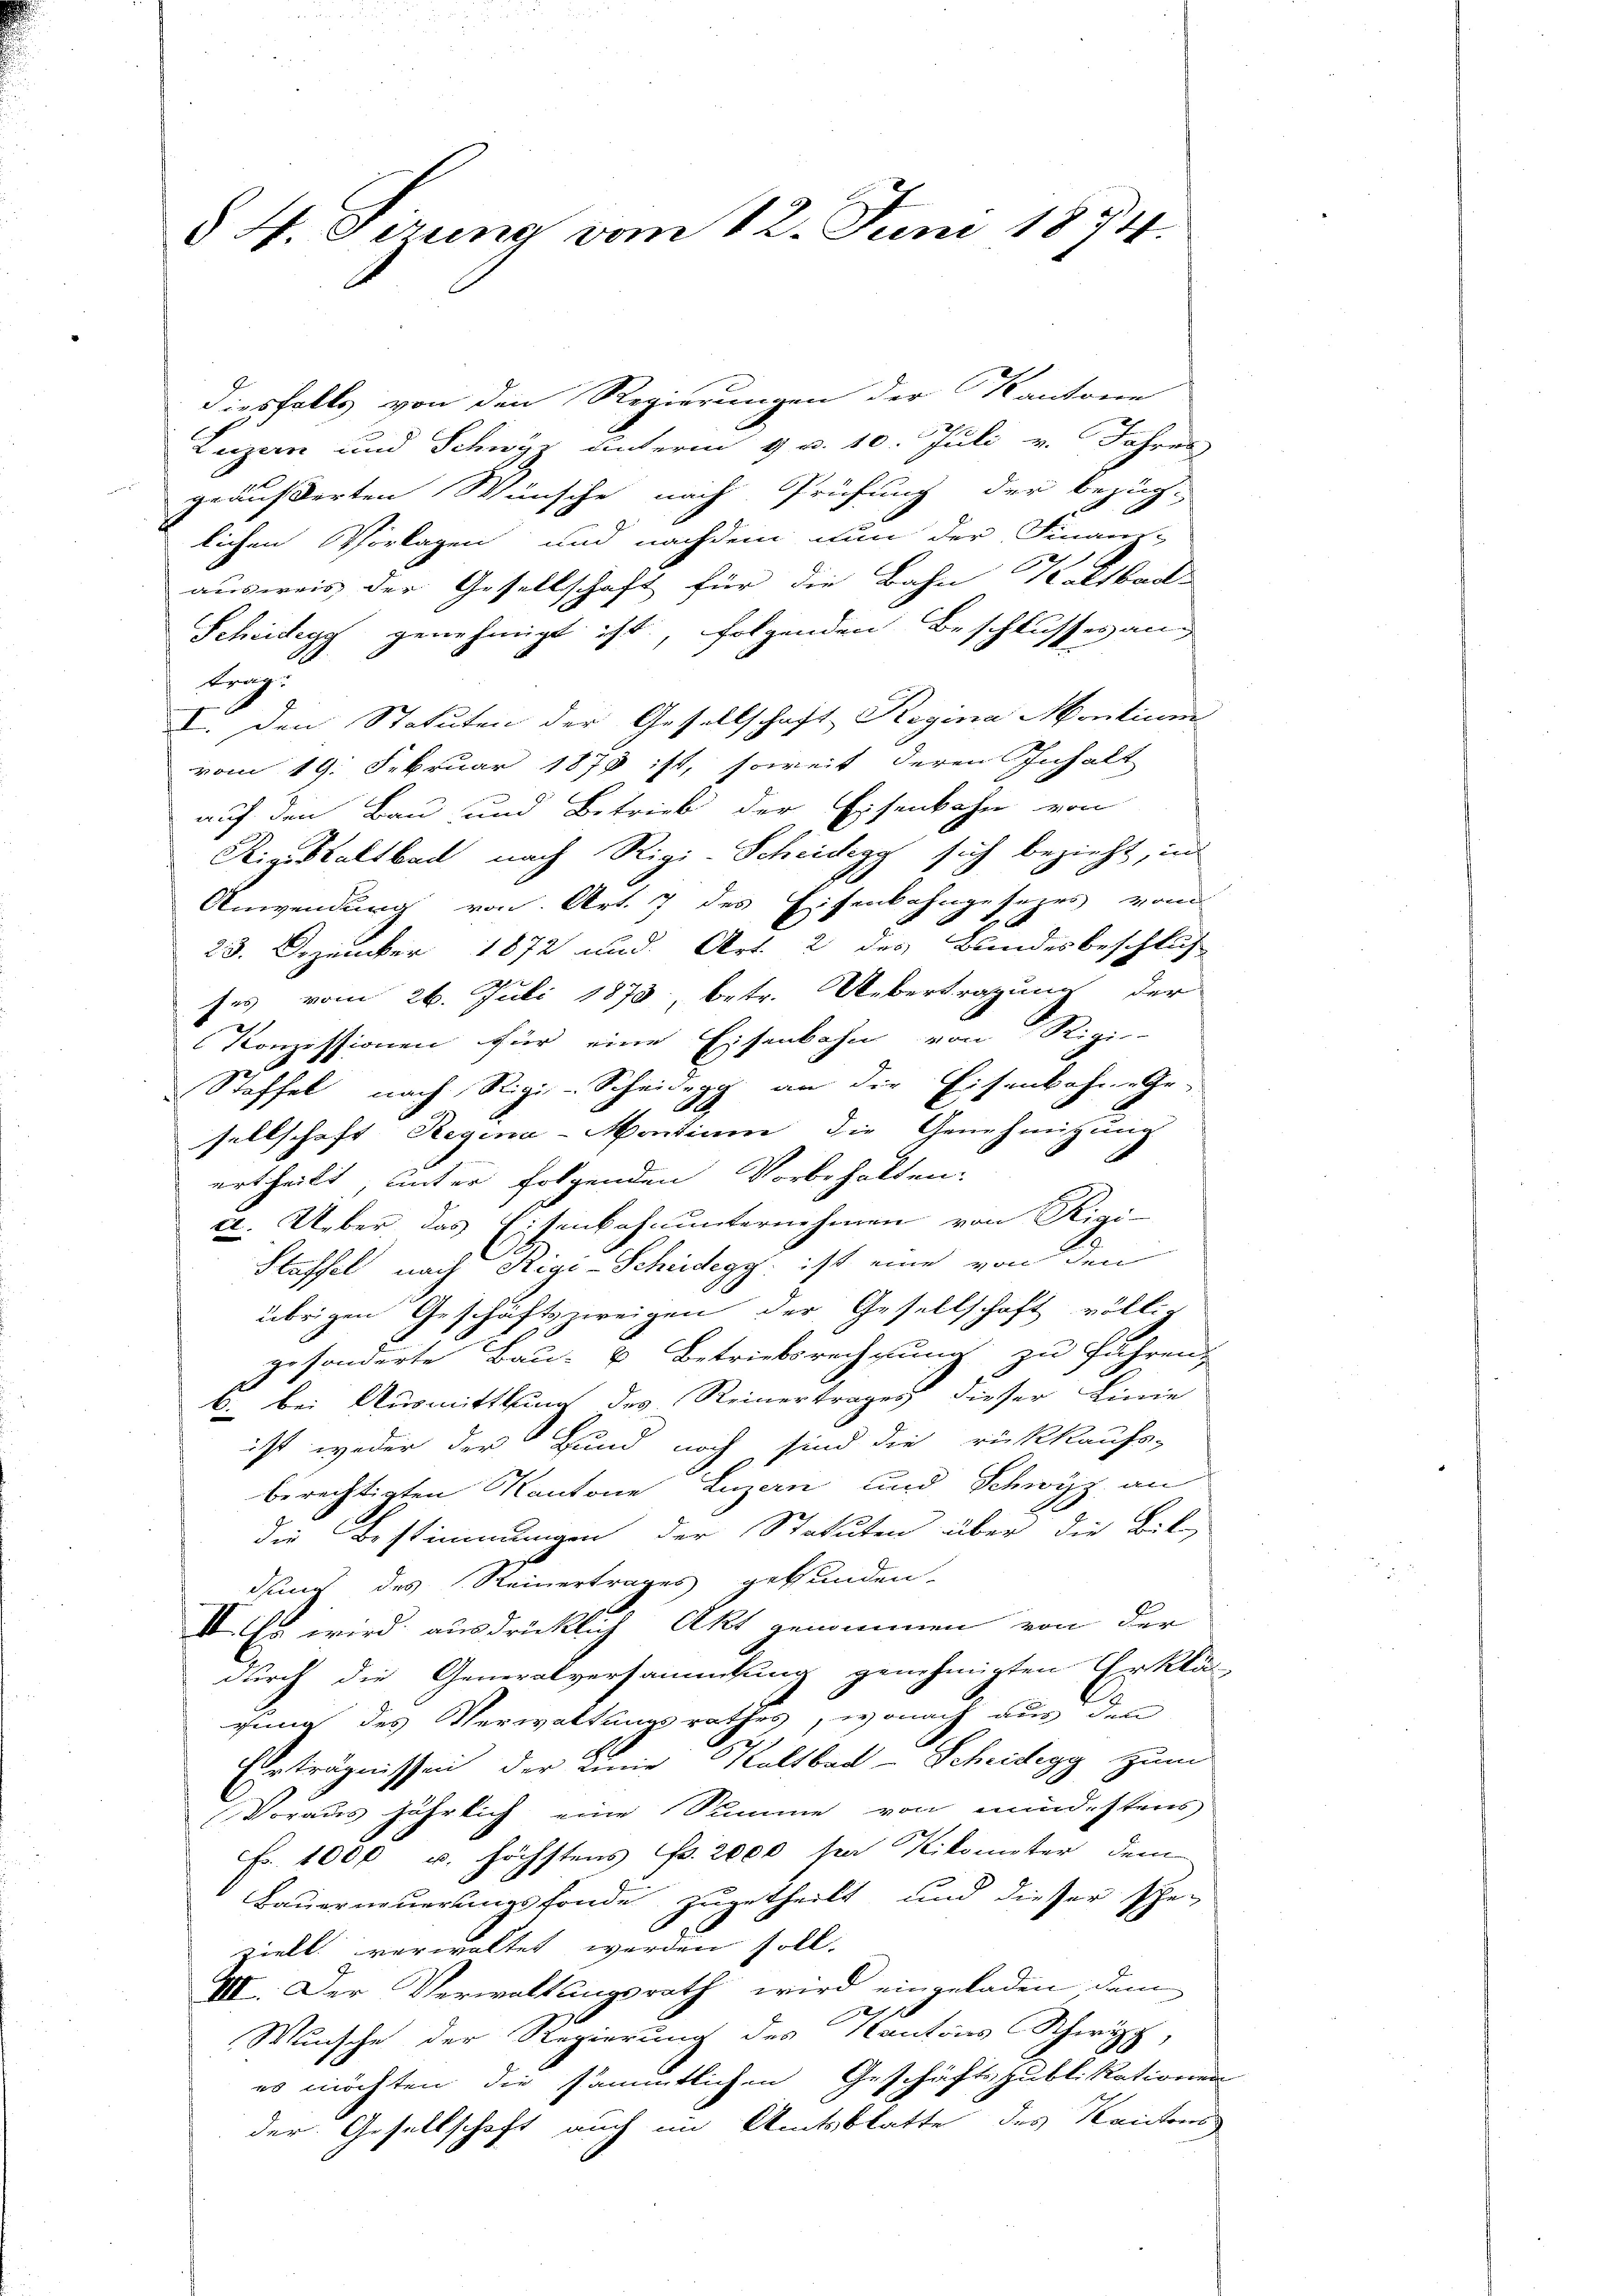
§ 4. Sizung vom 12. Juni 1874.

diesfalls von den Regierungen der Kantone
Luzern und Schwyz unterm 9. v. 10. Juli v. Jahren
geäußerten Wünsche nach Prüfung der bezüg-
lichen Vorlagen und nachdem nun der Finanz-
.
ausweis der Gesellschaft für die Bahn Kaltbad-
Scheidegg genehmigt ist, folgenden Beschlussesang
bung.
I. Den Statuten der Gesellschaft Regina Montium
vom 19. Februar 1878 ist, soweit deren Inhalt
auf den Bau und Betrieb der Eisenbahn von
Rigestaltbach nach Rigi-Scheidegg sich bezieht, und
Anwendung von Art. 7 des Eisenbahngeseers vom
23. Dezember 1872 und Art. 2 des Bundesbeschlus
2
ses vom 26. Juli 1878, betr. Uebertragung der
Konzessionen für eine Eisenbahn von R.
Stoffel nach Rigi-Scheidegg an die Eisenbahn-Ge-
sellschaft Regina-Montium die Genehmigung
ertheilt, unter folgenden Vorbehalten.
a. Ueber, das Eisenbahnunternehmen von Rigi-
Staffel nach Rigi-Scheidegg, ist eine von den
übrigen Geschäftszweigen der Gesellschaft völlig
gesonderte Bau- & Betriebsrechnung zu führen,
b. bei Ausmittlung des Reinertrages dieser Linie
ist weder der Hund noch sind die rückkaufs-
berechtigten Kantone Luzern und Schwyz an
die Bestimmungen der Statuten über die Bil
dung des Reinertrages gekunden.
II. Es wird ausdrücklich Akt nommen von der
durch die Generalversammlung genehmigten Erklär
gung des Verwaltungsrathes, wonach aus den
Ebeträgnissen der Linie Kaltbad-Scheidegg zum
Voraus jährlich eine Summe von mindestens
Fr. 1000 u. höchstens Fr. 2000 so Kikomiter dem
Bauerneuerungsfonde zugetheilt und dieser schen
ziell verwaltet werden soll.
VII. Der Verwaltungsrath wird eingeladen dem
Wunsche der Regierung des Kantons Schwyz,
es möchten die sämmtlichen Geschäftspublikationen
der Gesellschaft auch im Amtsblatte des Kantons